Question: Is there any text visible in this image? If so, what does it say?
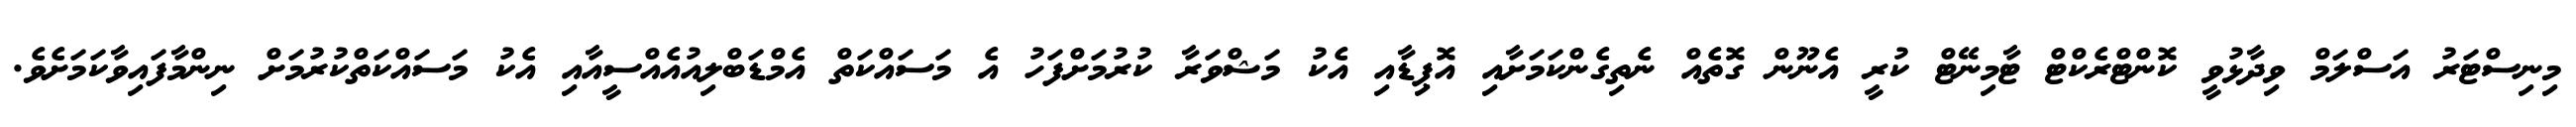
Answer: މިނިސްޓަރު އަސްލަމް ވިދާޅުވީ ކޮންޓްރެކްޓް ޓާމިނޭޓް ކުރީ އެނޫން ގޮތެއް ނެތިގެންކަމަށާއި އޮޕިޑާއި އެކު މަޝްވަރާ ކުރުމަށްފަހު އެ މަސައްކަތް އެމްޑަބްލިއުއެއްސީއާއި އެކު މަސައްކަތްކުރުމަށް ނިންމާފައިވާކަމަށެވެ.